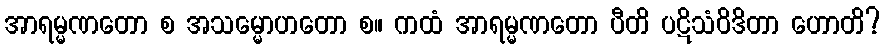
အာရမ္မဏတော စ အသမ္မောဟတော စ။ ကထံ အာရမ္မဏတော ပီတိ ပဋိသံဝိဒိတာ ဟောတိ?